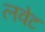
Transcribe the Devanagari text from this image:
लवेट